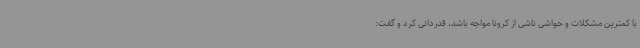
با کمترین مشکلات و حواشی ناشی از کرونا مواجه باشد، قدردانی کرد و گفت: